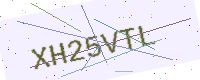
Text: XH25VTL